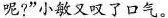
呢?”小敏又叹了口气。